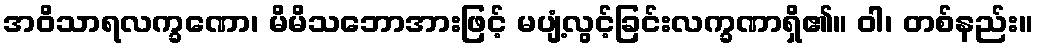
အဝိသာရလက္ခဏော၊ မိမိသဘောအားဖြင့် မပျံ့လွင့်ခြင်းလက္ခဏာရှိ၏။ ဝါ၊ တစ်နည်း။